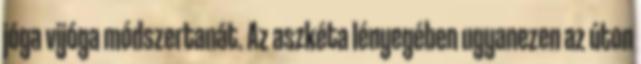
jóga vijóga módszertanát. Az aszkéta lényegében ugyanezen az úton